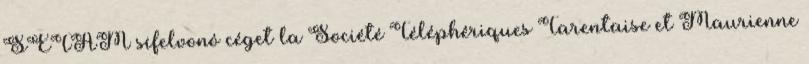
SETAM sífelvonó céget la Société Téléphériques Tarentaise et Maurienne